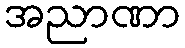
အညာဏာ